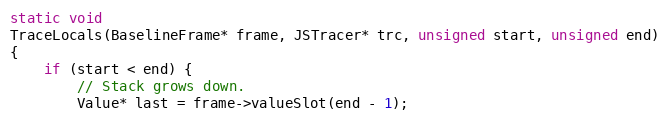
Language: C++
static void
TraceLocals(BaselineFrame* frame, JSTracer* trc, unsigned start, unsigned end)
{
    if (start < end) {
        // Stack grows down.
        Value* last = frame->valueSlot(end - 1);